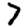
Digit: 7